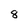
Character: 8